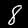
Label: 8